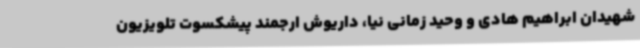
شهیدان ابراهیم هادی و وحید زمانی نیا، داریوش ارجمند پیشکسوت تلویزیون